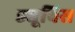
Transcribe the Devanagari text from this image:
ड्यूविस